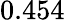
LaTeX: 0.454